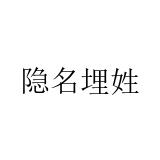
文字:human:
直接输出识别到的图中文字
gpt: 隐名埋姓